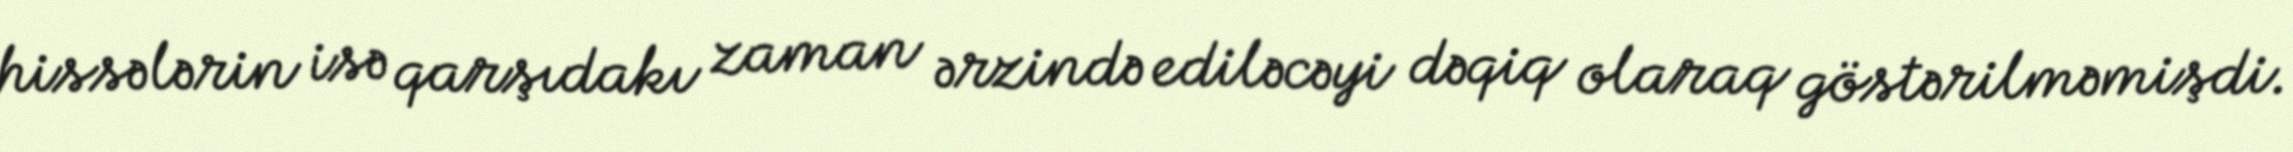
hissələrin isə qarşıdakı zaman ərzində ediləcəyi dəqiq olaraq göstərilməmişdi.